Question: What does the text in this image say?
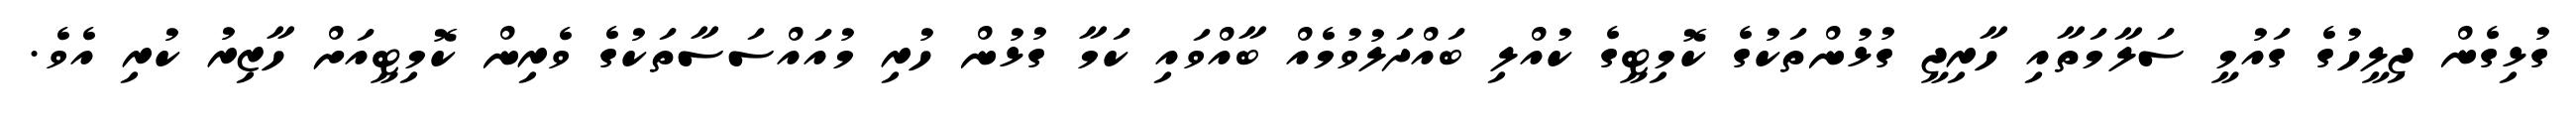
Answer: ގުޅިގެން ޖިލީހުގެ ގައުމީ ސަލާމަތާއި ހާރިޖީ ގުޅުންތަކުގެ ކޮމިޓީގެ ކުއްލި ބައްދަލުވުމެއް ބާއްވައި ކަމާ ގުޅުން ހުރި މުއައްސަސާތަކުގެ ވެރިން ކޮމިޓީއަށް ހާޒިރު ކުރި އެވެ.